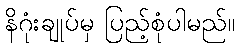
နိဂုံးချုပ်မှ ပြည့်စုံပါမည်။